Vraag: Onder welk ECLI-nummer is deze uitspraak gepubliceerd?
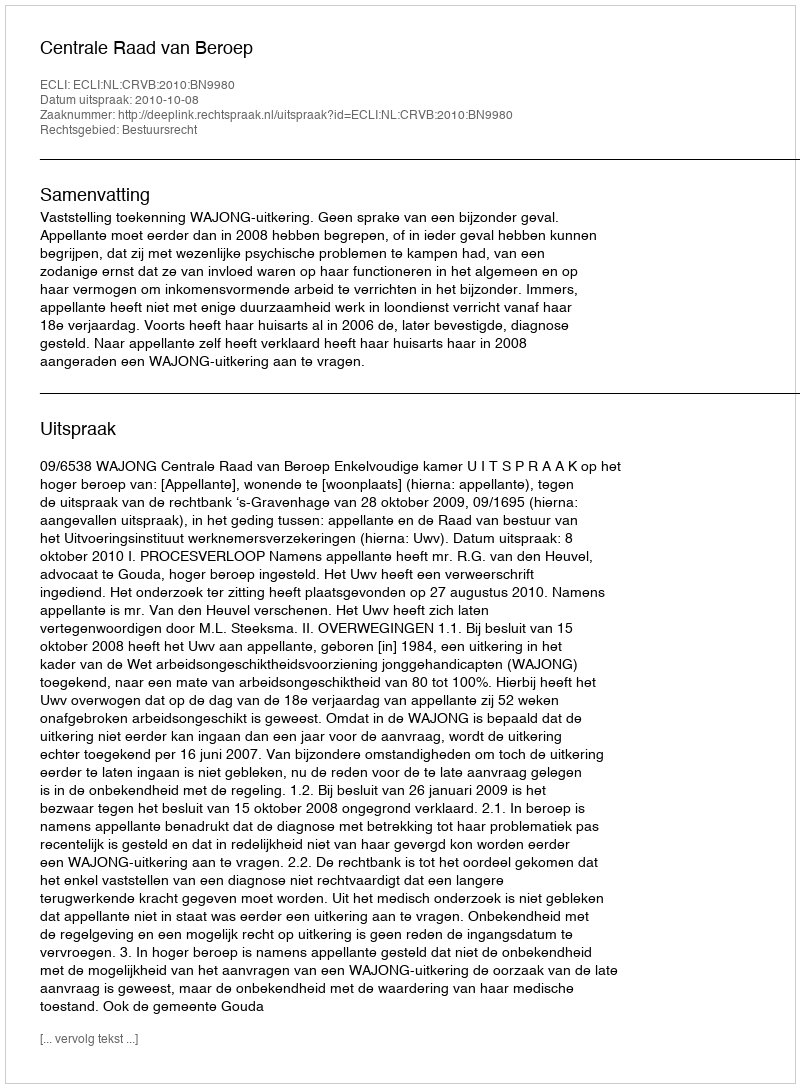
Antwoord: ECLI:NL:CRVB:2010:BN9980